Annual report of the Bengal Veterinary College and of the Civil Veterinary Department, Bengal, for the year 1914-1915 - 1914-1915
Year: 1914
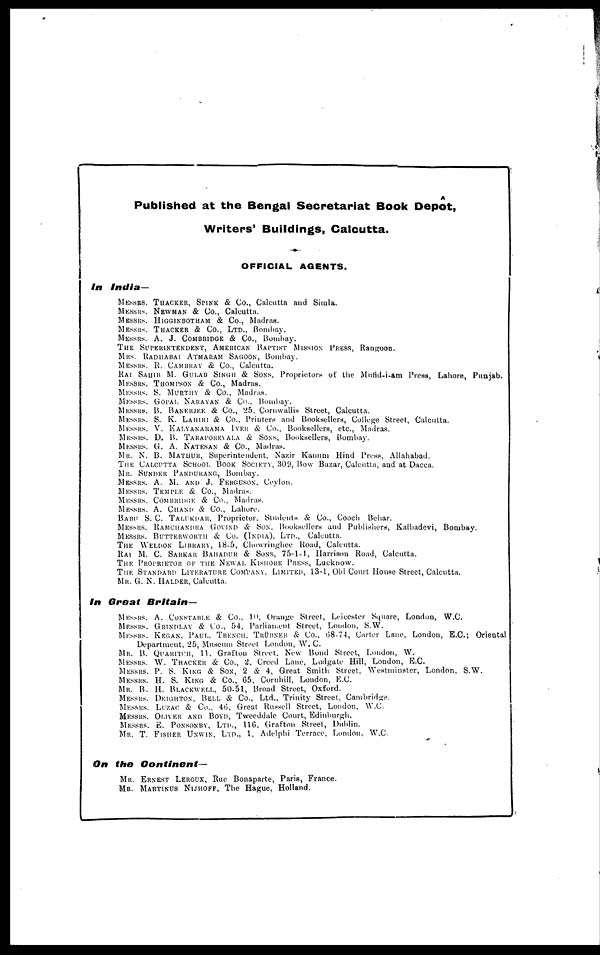
A
Published at the Bengal Secretariat Book Depot, Writers' Buildings, Calcutta.
OFFICIAL AGENTS.
In India—
MESSRS. THACKER, SPINK & Co., Calcutta and Simla.
MESSRS. NEWMAN & Co., Calcutta.
MESSRS. HIGGINBOTHAM & Co., Madras.
MESSRS. THACKER & Co., Ltd., Bombay.
MESSRS. A. J. COMBRIDGE & Co., Bombay.
THE SUPERINTENDENT, AMERICAN BAPTIST MISSION PRESS, Rangoon.
MRS. RADHABAI ATMARAM SAGOON, Bombay.
MESSRS. R. CAMBRAY & Co., Calcutta.
RAI SAUIR M. GULAB SINGH & SONS, Proprietors of the Mufid-i-am Press, Lahore, Punjab.
MESSRS. THOMPSON & Co., Madras.
MESSRS. S. MURTHY & Co., Madras.
MESSRS. GOPAL NARAVAN & Co., Bombay.
MESSRS. B. BANERJEE & Co., 25. Cornwallis Street, Calcutta.
MESSRS. S. K. LAHIRI & Co., Printers and Booksellers, College Street, Calcutta.
MESSRS. V. KALYANARAMA IYER & Co., Booksellers, etc., Madras.
MESSRS. D. B. TARAPOREVALA & SONS, Booksellers, Bombay.
MESSRS. G. A. NATESAN & Co., Madras.
MR. N. B. MATHUR, Superintendent, Nazir Kanum Hind Press, Allahabad.
The Calcutta School Book Society, 309, Bow Bazar, Calcutta, and at Dacca.
MR. SUNDER PANDURANG, Bombay.
MESSRS. A. M. AND J. FERGUSON. Ceylon.
MESSRS. TEMPLE & Co., Madras.
MESSRS. COMBRIDGE & Co., Madras.
MESSRS. A. CHAND & Co., Lahore.
BABU S. C. TALUKDAR, Proprietor, Students & Co., Coach Behar.
MESSRS. RAMCUANDRA GOVIND & SON, Booksellers and Publishers, Kalbadevi, Bombay.
MESSRS. BUTTERWORTH & Co. (India), Ltd., Calcutta.
THE WELDON LIBRARY, 18-5, Chowringhee Road, Calcutta.
RAI M. C. SARKAR BAHADUR & SONS, 75-1-1, Harrison Road, Calcutta.
THE PROPRIETOR OF THE NEWAL KISHORE PRESS, Lucknow.
THE STANDARD LITERATURE COMPANY, LIMITED, 13-1, Old Court House Street, Calcutta.
MR. G. N. HALDER, Calcutta.
In Great Britain—
MESSRS. A. CONSTABLE & Co., 10 Orange Street, Leicester Square, London, W.C.
MESSRS. GRINDLAY & Co., 54, Parliament Street, London, S.W.
MESSRS. KEGAN, PAUL. TRENCH, TRÜBNER & Co., G8-74, Carter Lane, London, E.C.; Oriental
Department, 25, Museum Street London, W. C.
MR. B. QUARITCH, 11. Grafton Street, New Bond Street, London, W.
MESSRS. W. THACKER & Co., 2, Creed Lane, Ludgate Hill, London, E.G.
MESSRS. P. S. KING & SON, 2 & 4, Great Smith Street, Westminster, London. S.W.
MESSRS. H. S. KING & Co., G5, Cornhill, London, E.C.
MR. B. H. BLACKWELL, 50-51, Broad Street, Oxford.
MESSRS. DEIGHTON, BELL & Co., Ltd., Trinity Street, Cambridge.
MESSRS. LUZAC & Co., 46, Great Russell Street, London, W.C.
MESSRS. OLIVER AND BOYD, Tweeddale Court, Edinburgh.
MESSRS. E. PONSONBY, Ltd., 116, Grafton Street, Dublin.
MR. T. FISHER UNWIN, Ltd., 1, Adelphi Terrace, London, W.C.
On the Continent—
MR. ERNEST LEROUX, Rue Bonaparte, Paris, France. Mr. Martinus NIJHOFF, THE HAGUE, Holland.